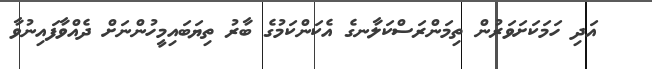
އަދި ހަމަކަށަވަރުން ތިމަންރަސްކަލާނގެ އެކަންކަމުގެ ބާރު ތިޔަބައިމީހުންނަށް ދެއްވާފައިނުވާ